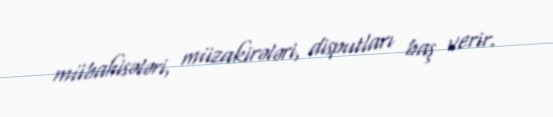
mübahisələri, müzakirələri, disputları baş verir.